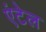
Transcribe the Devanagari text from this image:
एंटेल